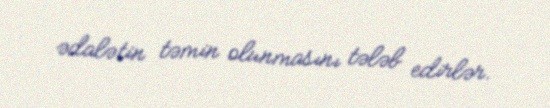
ədalətin təmin olunmasını tələb edirlər.